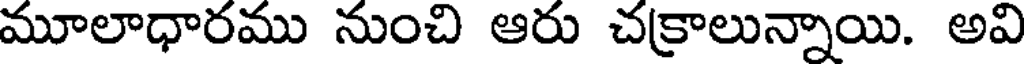
మూలాధారము నుంచి ఆరు చక్రాలున్నాయి. అవి